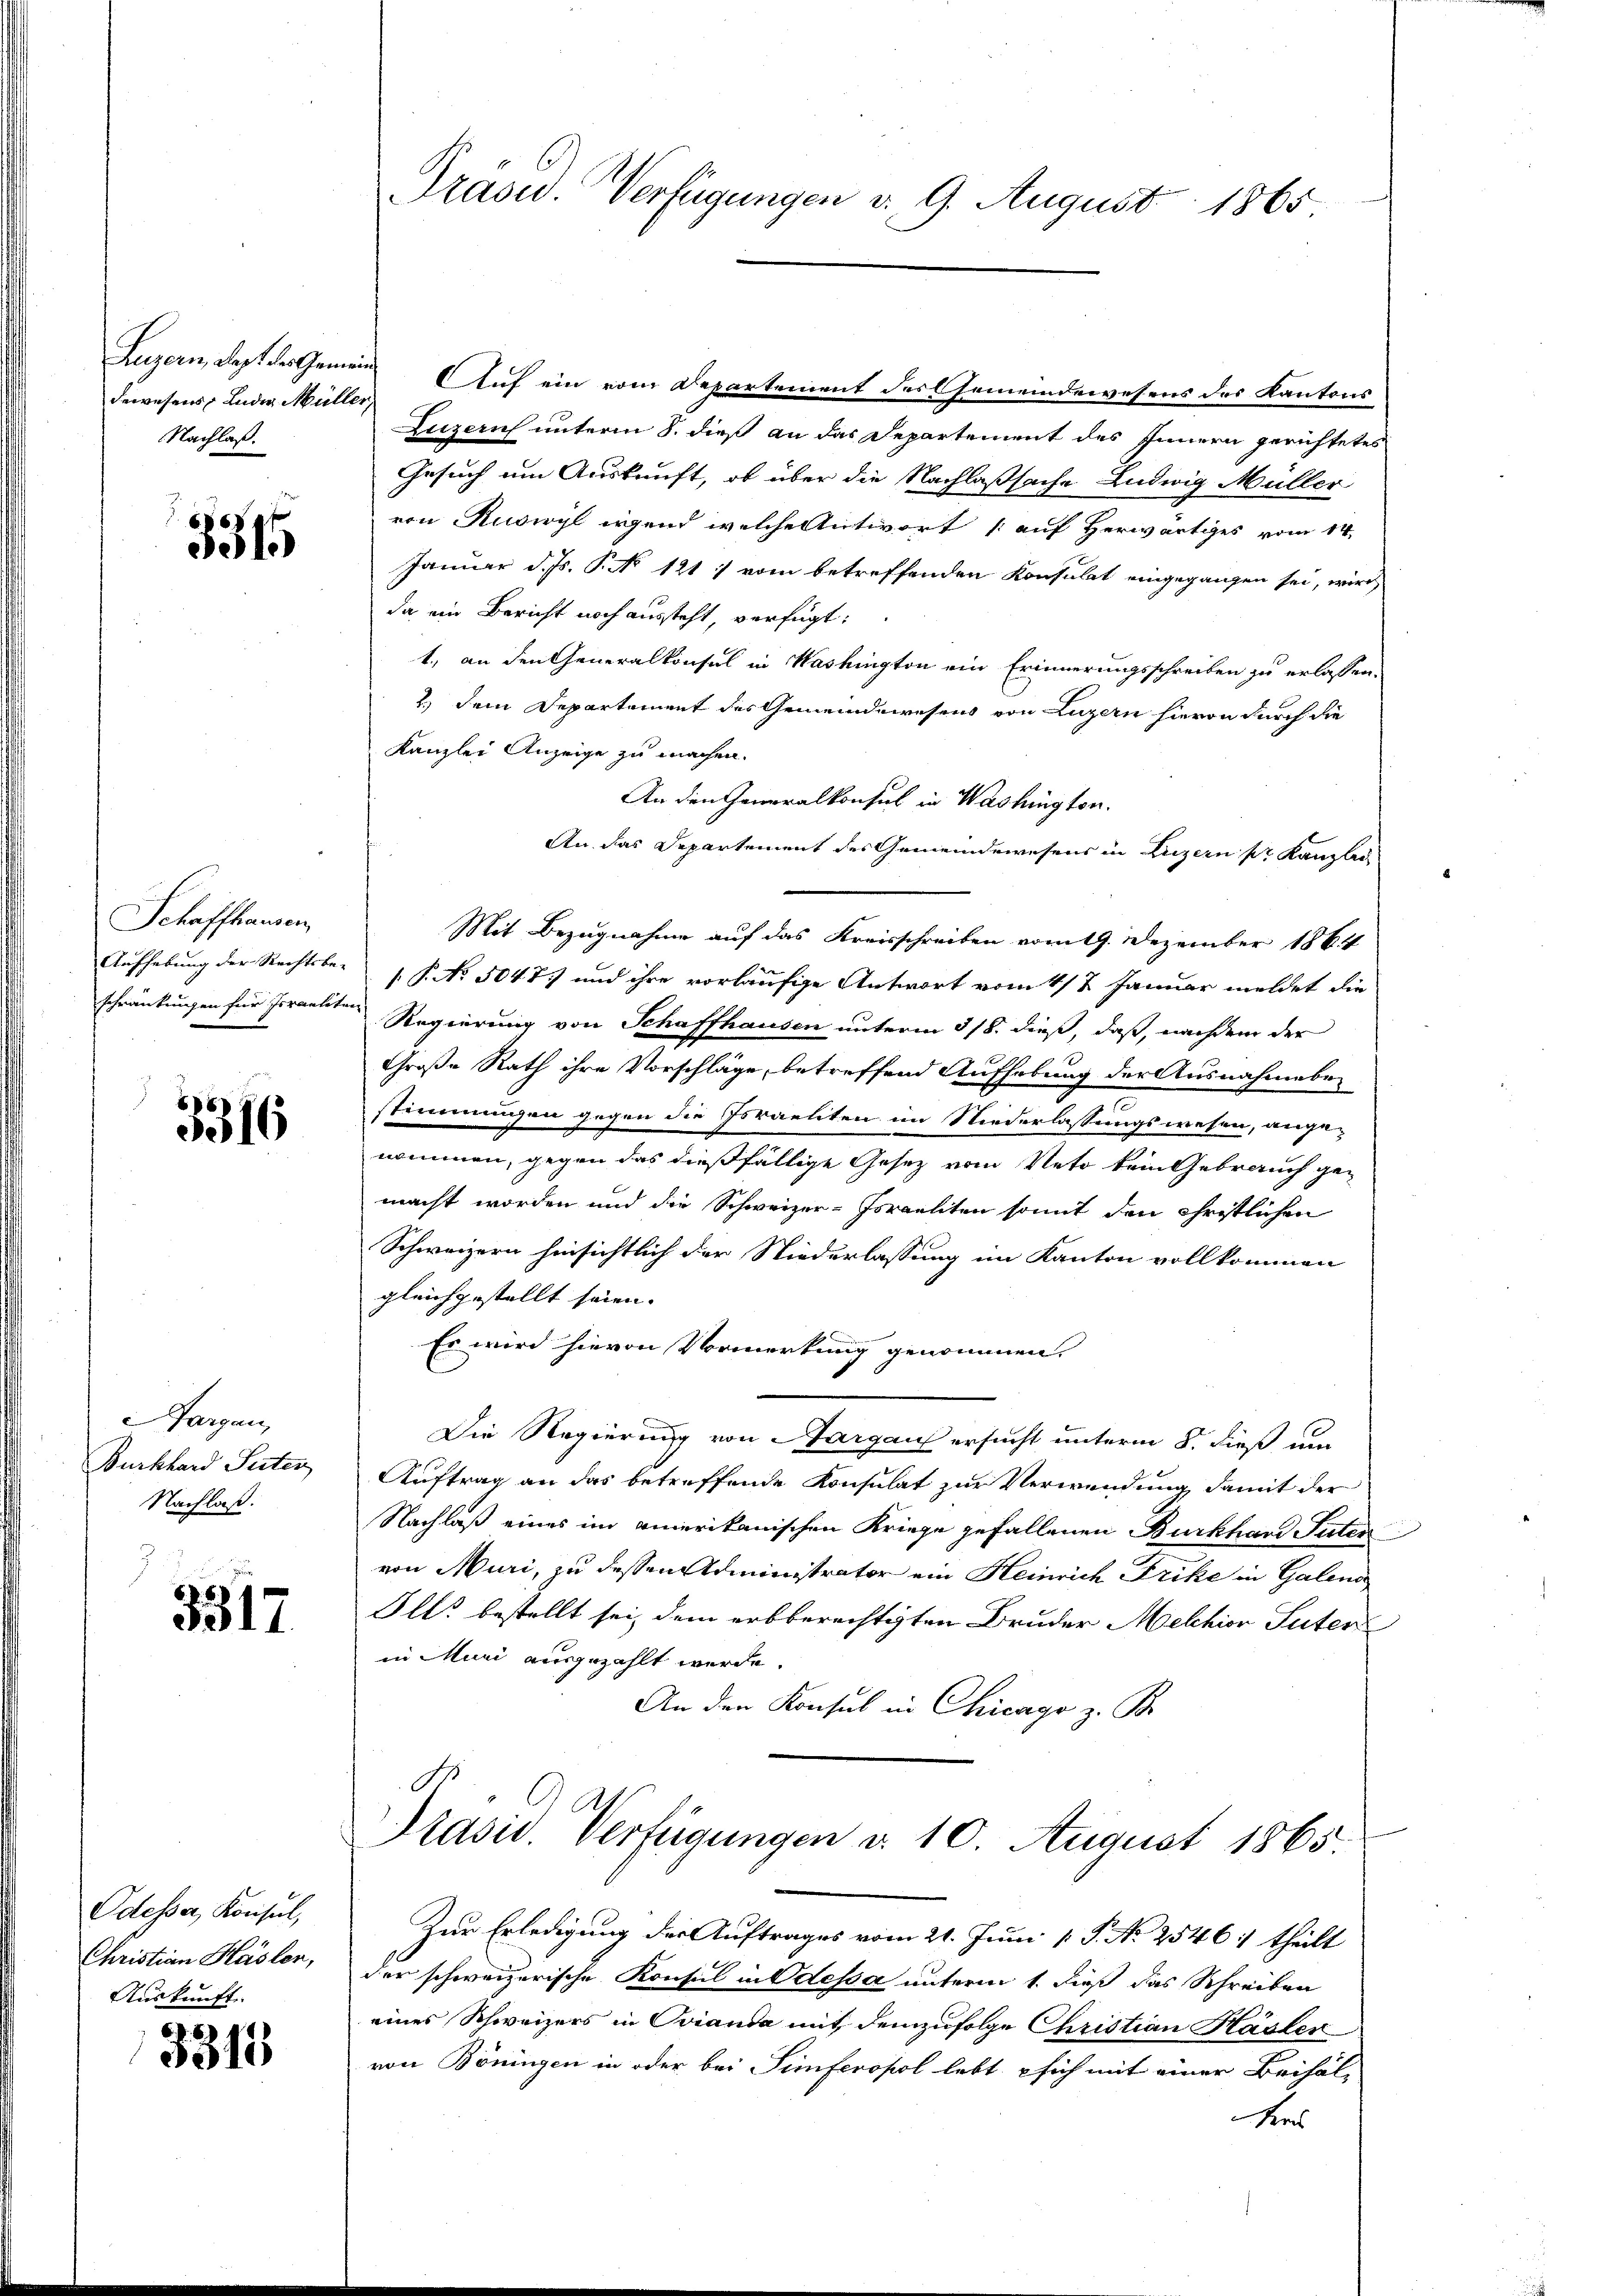
dewesens Luder Müller,
Nachlaß.

5315

Schaffhausen,

3316

y Parzen
Burkhard Peter
Nachlaß.

3317

Odesser, Konsul,
Christian Haslen,
Auskunft.

3313

Präser. Verfügungen v. 9. August 1865

Luzern, daß des Gemeinde Auf ein vom Departement der Gemeindewesens des Kantons
Luzern unterm 8. dieß an das Departement des Innern gerichtetes
Gesuch um Auskunft, ob über die Nachlaßsache Ludwig Müller
von Ruswyl irgend welche Antwort (auf Herwärtiges vom 14.
Januar d. Js. P. No 121. vom betreffenden Konsulat eingegangen sei, wird
da ein Bericht noch aussteht, verfügt:
1., an den Generalkonsul in Washington ein Erinnerungsschreiben zu erlassen.
2.) Dem Departement des Gemeindewesens von Luzern hievon durch die
Kanzlei Anzeige zu machen.
An den Generalkonsul in Washington.
An das Departement des Gemeindewesens in Luzern pr Kanzlei
Mit Bezugnahme auf das Kreisschreiben vom 19. Dezember 1864
Aufhebung der Rechtsbes. P. No. 5047 und ihre vorläufige Antwort vom 4/2 Januar meldet die
schränkungen für herantiter Regierung von Schaffhausen unterm 318. dieß, daß, nachdem der
Große Rath ihre Vorschläge, betreffend Aufhebung der Ausnahmebe-
.
stimmungen gegen die Israeliten im Niederlassungswesen, ange-
nommen, gegen das dießfällige Gesetz vom Veto kein Gebrauch ge-
macht worden und die Schweizer-Israeliten somit den Christlichen
Schweizern hinsichtlich der Niederlassung im Kanton vollkommen
gleichgestellt seien. |
Es wird hievon Vormerkung genommen.
Die Regierung von Aargau ersucht unterm 8. dieß um
Auftrag an das betreffende Konsulat zur Verwendung damit der
Nachlaß eines im amerikanischen Kriege gefallenen Burkhard Suter
von Muri, zu dessen Administrator ein Heinrich Frike in Galens
Ills bestellt sei, dem erbberechtigten Bruder Melchior Suter
in Muri ausgezahlt werde.
An den Konsul in Chicago z. B.
Prasis. Verfügungen d. 10. August 1865.
Zur Erledigung der Auftrages vom 21. Juni 1 S. No 2546. theilt
der schweizerische Konsul in Odessa unterm 1. dieß das Schreiben
eines Schweizers in Ovianda mit demzufolge Christian Hasler
von Böningen in oder bei Simferopol lebt sich mit einer Beihäl-
Kes